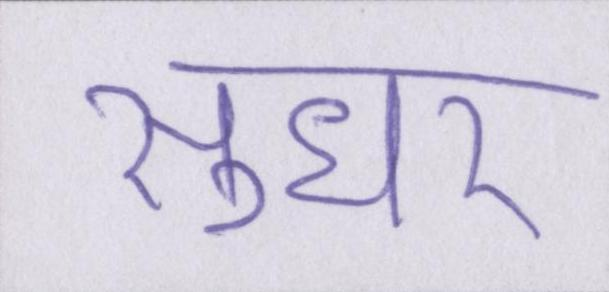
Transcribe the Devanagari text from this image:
सुधर